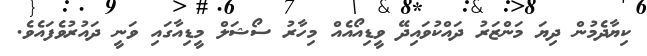
ކިޔާދެމުން ދިޔަ މަންޒަރު ދައްކުވައިދޭ ވީޑިއޯއެއް މިހާރު ސޯޝަލް މީޑިއާގައި ވަނީ ދައުރުވެފައެވެ.